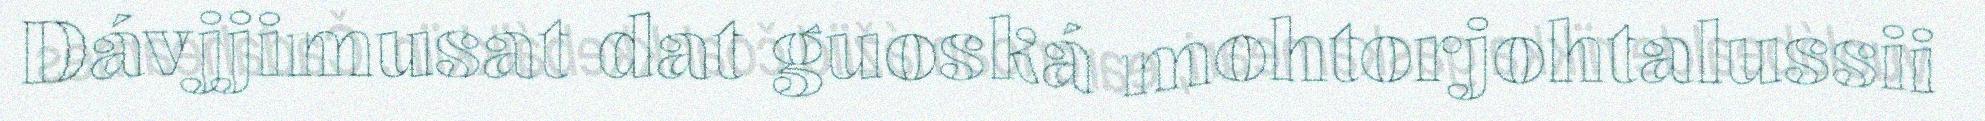
Dávjjimusat dat guoská mohtorjohtalussii